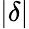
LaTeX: |\delta|